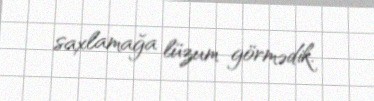
saxlamağa lüzum görmədik.